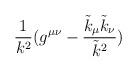
LaTeX: \begin{align*}\frac{1}{k^2}(g^{\mu \nu}- \frac{\tilde{k}_{\mu} \tilde{k}_{\nu}}{\tilde{k}^2}) \end{align*}